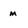
Character: m